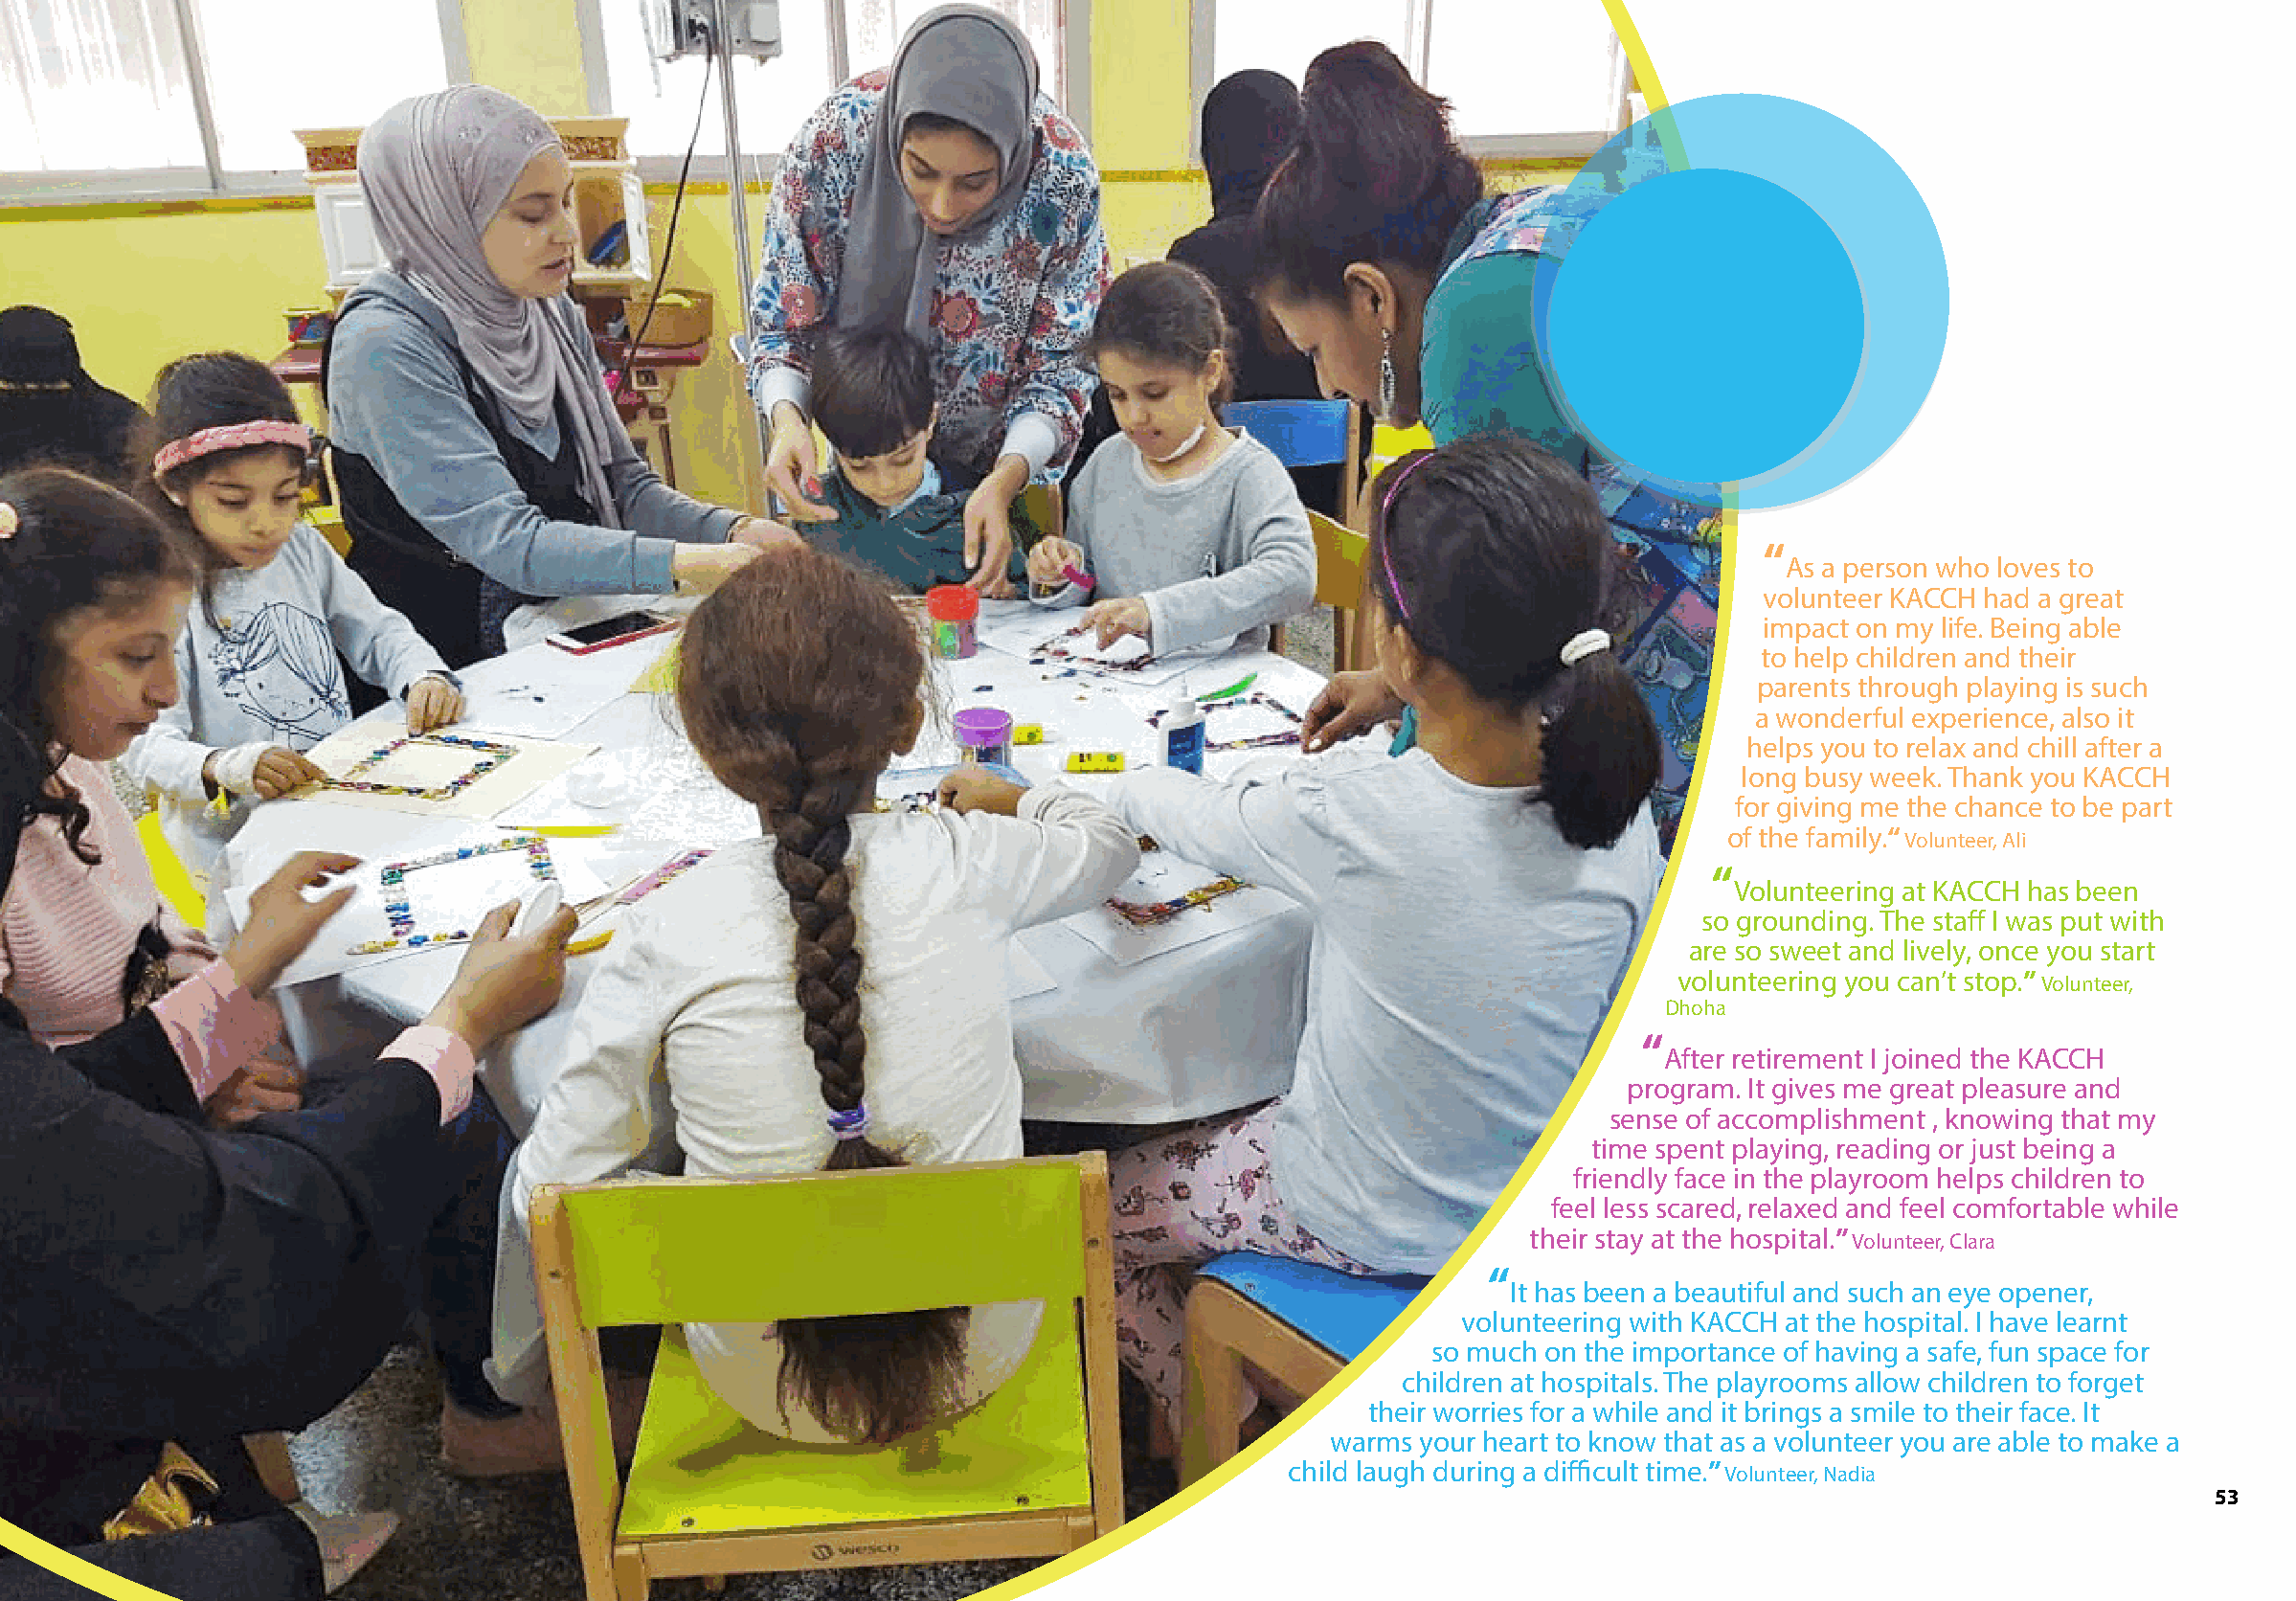
“
 As a person who loves to
 volunteer KACCH had a great
 impact on my life. Being able
 to help children and their
 parents through playing is such
 a wonderful experience, also it
 helps you to relax and chill after a
 long busy week. Thank you KACCH
 for giving me the chance to be part
 of the family.“ Volunteer, Ali
 “
 Volunteering at KACCH has been
 so grounding. The staff I was put with
 are so sweet and lively, once you start
 volunteering you can’t stop.” Volunteer,
 Dhoha
 “
 After retirement I joined the KACCH
 program. It gives me great pleasure and
 sense of accomplishment , knowing that my
 time spent playing, reading or just being a
 friendly face in the playroom helps children to
 feel less scared, relaxed and feel comfortable while
 their stay at the hospital.” Volunteer, Clara
 “
 It has been a beautiful and such an eye opener,
 volunteering with KACCH at the hospital. I have learnt
 so much on the importance of having a safe, fun space for
 children at hospitals. The playrooms allow children to forget
 their worries for a while and it brings a smile to their face. It
 warms your heart to know that as a volunteer you are able to make a
 child laugh during a difficult time.” Volunteer, Nadia
 53